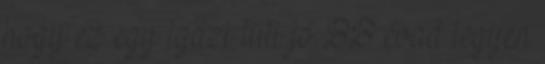
hogy ez egy igazi tuti jó BB évad legyen